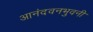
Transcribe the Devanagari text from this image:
आनंदवनभुवनी